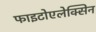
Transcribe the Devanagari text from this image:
फाइटोएलेक्सिन